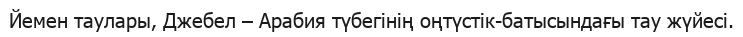
Йемен таулары, Джебел – Арабия түбегінің оңтүстік-батысындағы тау жүйесі.